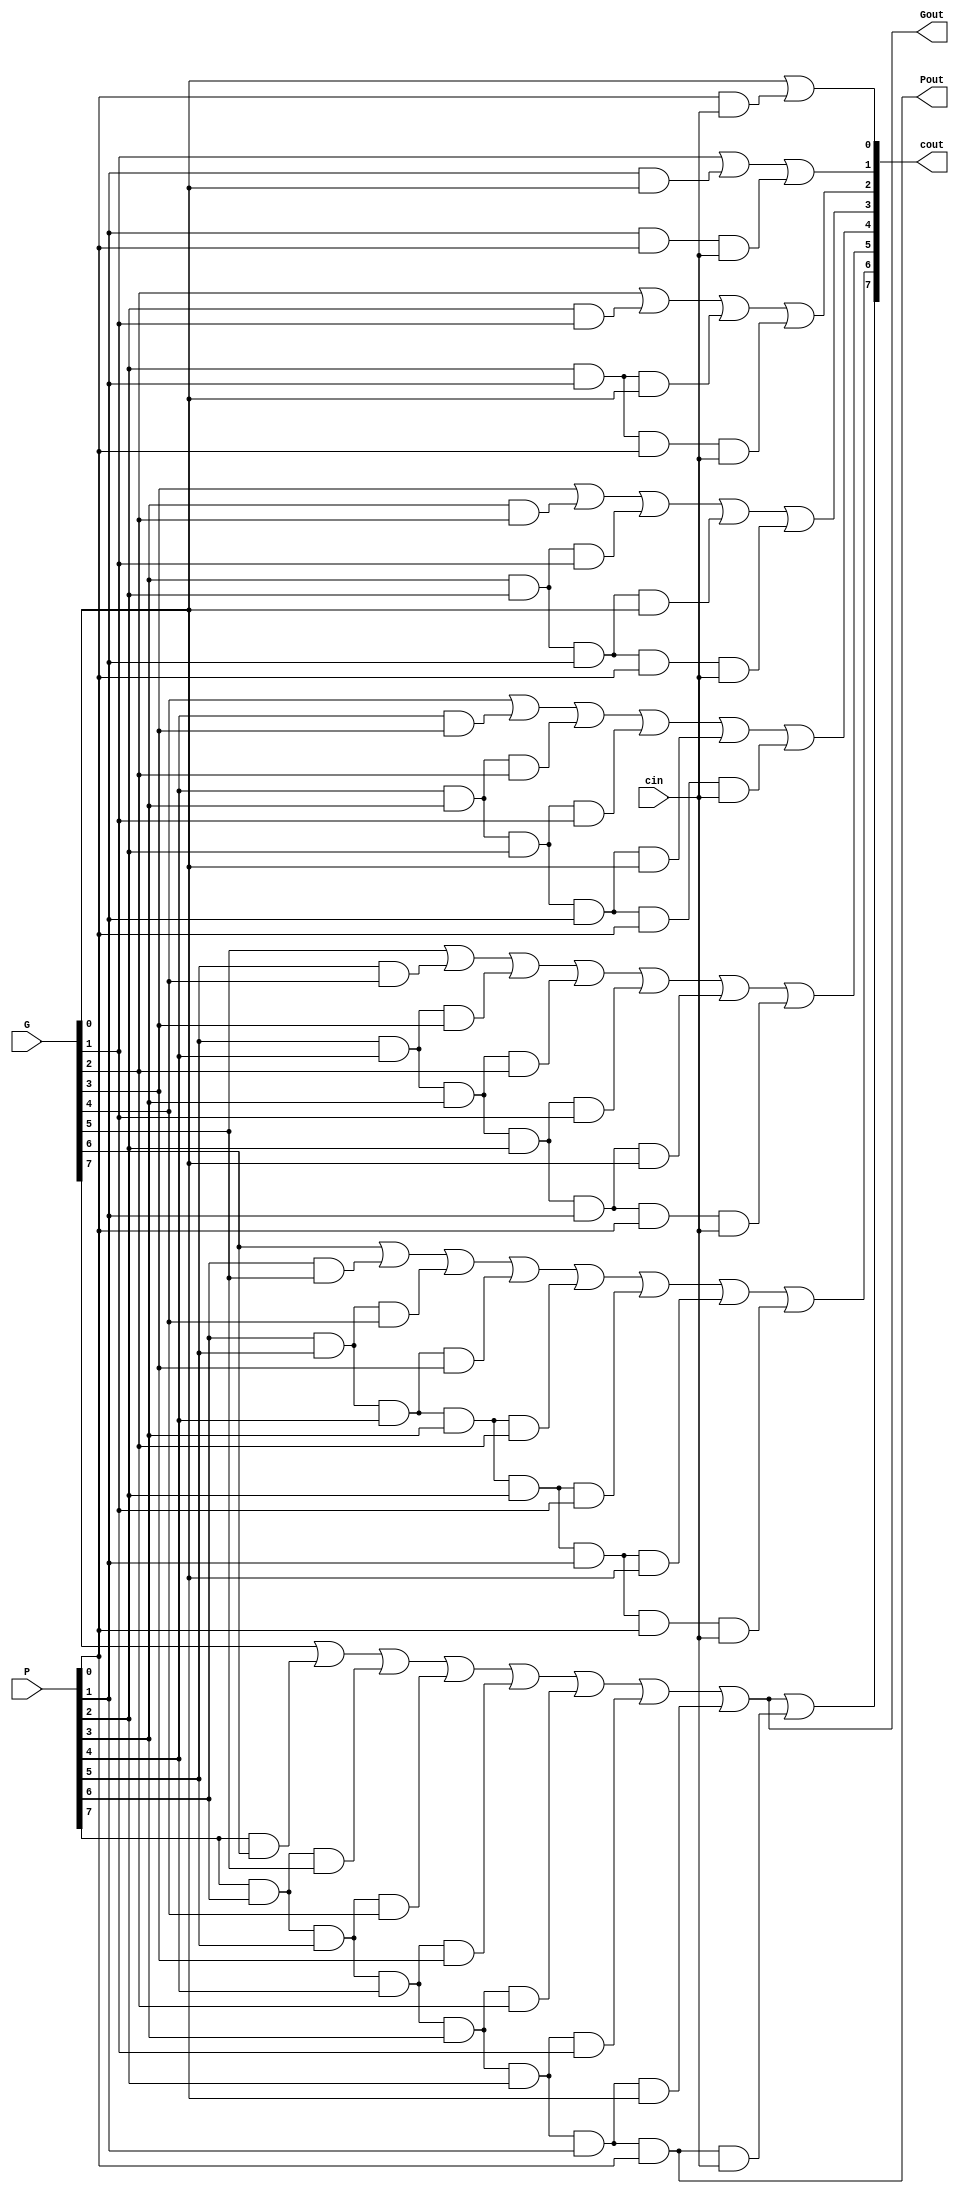
module CLA8 ( 
	input [8-1:0] 		G,
	input [8-1:0] 		P,
	input	      		cin,
	output[8-1:0] 		cout,
	output	      		Pout,
	output	      		Gout
	);
	
	wire 	wp,wg;
	
	assign cout[0] = G[0] | P[0] & cin;
	assign cout[1] = G[1] | (P[1] & G[0]) | (P[1] & P[0] & cin);
	assign cout[2] = G[2] | (P[2] & G[1]) | (P[2] & P[1] & G[0]) | (P[2] & P[1] & P[0] & cin);
	assign cout[3] = G[3] | (P[3] & G[2]) | (P[3] & P[2] & G[1]) | (P[3] & P[2] & P[1] & G[0]) | (P[3] & P[2] & P[1] & P[0] & cin);
	assign cout[4] = G[4] | (P[4] & G[3]) | (P[4] & P[3] & G[2]) | (P[4] & P[3] & P[2] & G[1]) | (P[4] & P[3] & P[2] & P[1] & G[0]) | (P[4] & P[3] & P[2] & P[1] & P[0] & cin);
   	assign cout[5] = G[5] | (P[5] & G[4]) | (P[5] & P[4] & G[3]) | (P[5] & P[4] & P[3] & G[2]) | (P[5] & P[4] & P[3] & P[2] & G[1]) | (P[5] & P[4] & P[3] & P[2] & P[1] & G[0]) | (P[5] & P[4] & P[3] & P[2] & P[1] & P[0] & cin);
   	assign cout[6] = G[6] | (P[6] & G[5]) | (P[6] & P[5] & G[4]) | (P[6] & P[5] & P[4] & G[3]) | (P[6] & P[5] & P[4] & P[3] & G[2]) | (P[6] & P[5] & P[4] & P[3] & P[2] & G[1]) | (P[6] & P[5] & P[4] & P[3] & P[2] & P[1] & G[0]) | (P[6] & P[5] & P[4] & P[3] & P[2] & P[1] & P[0] & cin);
	assign wg = G[7] | (P[7] & G[6]) | (P[7] & P[6] & G[5]) | (P[7] & P[6] & P[5] & G[4]) | (P[7] & P[6] & P[5] & P[4] & G[3]) | (P[7] & P[6] & P[5] & P[4] & P[3] & G[2]) | (P[7] & P[6] & P[5] & P[4] & P[3] & P[2] & G[1]) | (P[7] & P[6] & P[5] & P[4] & P[3] & P[2] & P[1] & G[0]) ;
	assign wp = P[7] & P[6] & P[5] & P[4] & P[3] & P[2] & P[1] & P[0] ;
	assign cout[7] = wg | (wp & cin);
	assign Gout = wg;
	assign Pout = wp;
endmodule